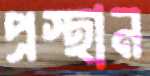
প্রস্থান